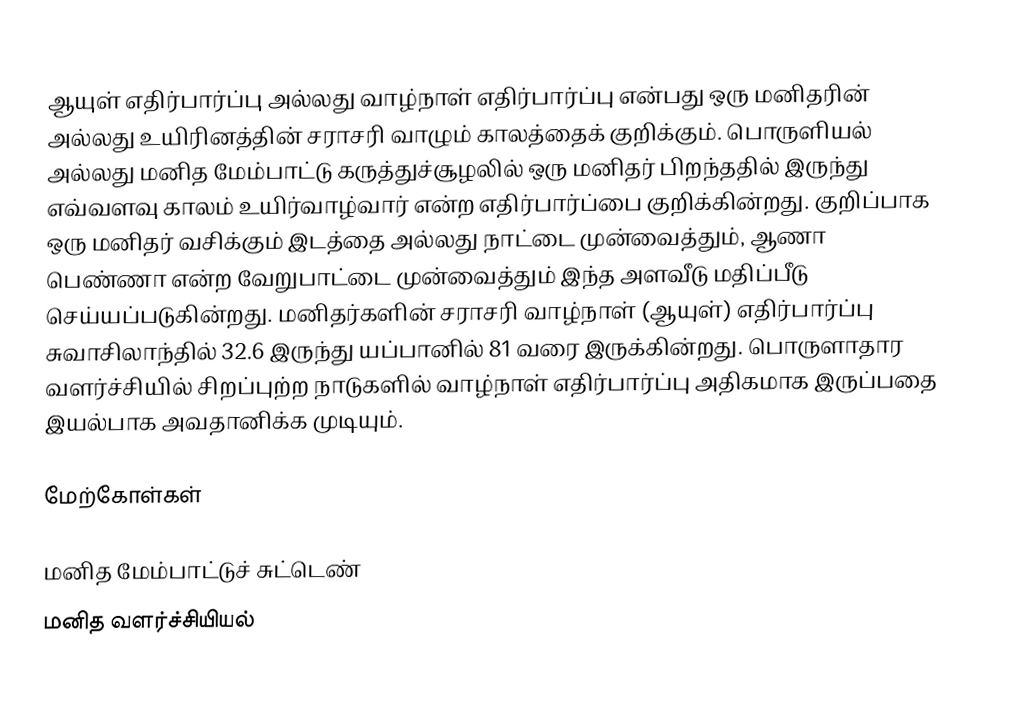
ஆயுள் எதிர்பார்ப்பு அல்லது வாழ்நாள் எதிர்பார்ப்பு என்பது ஒரு மனிதரின் அல்லது உயிரினத்தின் சராசரி வாழும் காலத்தைக் குறிக்கும். பொருளியல் அல்லது மனித மேம்பாட்டு கருத்துச்சூழலில் ஒரு மனிதர் பிறந்ததில் இருந்து எவ்வளவு காலம் உயிர்வாழ்வார் என்ற எதிர்பார்ப்பை குறிக்கின்றது. குறிப்பாக ஒரு மனிதர் வசிக்கும் இடத்தை அல்லது நாட்டை முன்வைத்தும், ஆணா பெண்ணா என்ற வேறுபாட்டை முன்வைத்தும் இந்த அளவீடு மதிப்பீடு செய்யப்படுகின்றது. மனிதர்களின் சராசரி வாழ்நாள் (ஆயுள்) எதிர்பார்ப்பு சுவாசிலாந்தில் 32.6 இருந்து யப்பானில் 81 வரை இருக்கின்றது. பொருளாதார வளர்ச்சியில் சிறப்புற்ற நாடுகளில் வாழ்நாள் எதிர்பார்ப்பு அதிகமாக இருப்பதை இயல்பாக அவதானிக்க முடியும்.

மேற்கோள்கள்

மனித மேம்பாட்டுச் சுட்டெண்
மனித வளர்ச்சியியல்